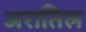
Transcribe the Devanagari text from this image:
अरातिल